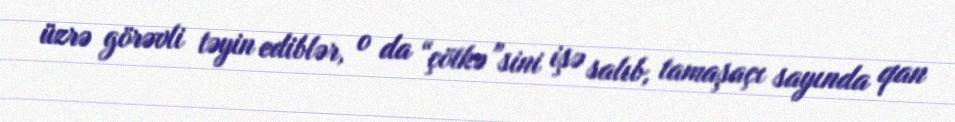
üzrə görəvli təyin ediblər, o da “çötkə”sini işə salıb, tamaşaçı sayında qan